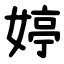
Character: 婷